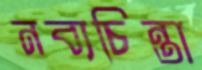
নব্যচিন্তা